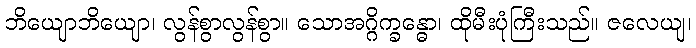
ဘိယျောဘိယျော၊ လွန်စွာလွန်စွာ။ သောအဂ္ဂိက္ခန္ဓော၊ ထိုမီးပုံကြီးသည်။ ဇလေယျ၊